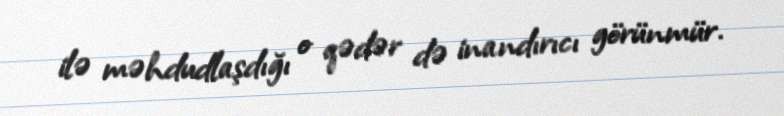
ilə məhdudlaşdığı o qədər də inandırıcı görünmür.